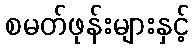
စမတ်ဖုန်းများနှင့်